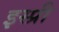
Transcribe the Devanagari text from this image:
इस्प्री